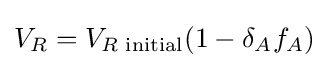
V_{R}=V_{R{\text{ initial}}}(1-\delta _{A}f_{A})